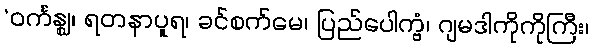
‘ဝင်္ကန္ဈ၊ ရတနာပူရ၊ ခင်စက်မေ၊ ပြည်ပေါက္ဗံ၊ ဂျမဒါကိုကိုကြီး၊